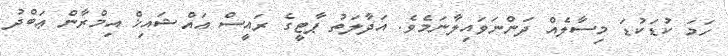
ހަމަ ކުޑަކުޑަ މިސާލެއް ދަންނަވައިލާނަމެވެ. އަދާލަތު ޕާޓީގެ ރައީސް އައްޝައިޚް އިމްރާން ޢަބްދު